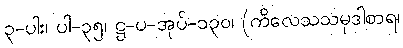
၃-ပါး၊ ပါ-၃၅၊ ဋ္ဌ-ပ-အုပ်-၁၃၀၊ (ကိလေသသမုဒါစာရ၊